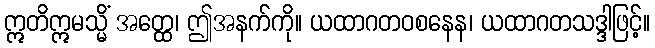
ဣတိဣမသ္မိံ အတ္ထေ၊ ဤအနက်ကို။ ယထာဂတဝစနေန၊ ယထာဂတသဒ္ဒါဖြင့်။